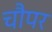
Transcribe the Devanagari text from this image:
चौपर